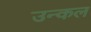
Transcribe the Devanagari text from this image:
उन्कल